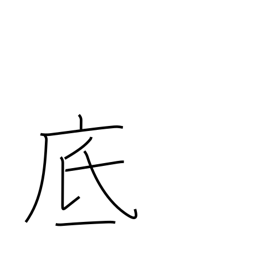
Meaning: bottom